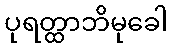
ပုရတ္ထာဘိမုခေါ